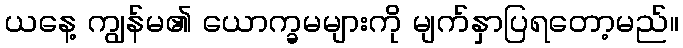
ယနေ့ ကျွန်မ၏ ယောက္ခမများကို မျက်နှာပြရတော့မည်။